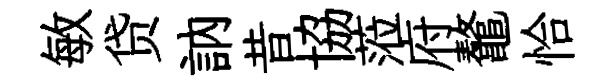
敏贷訥昔協蒞府鼇恰